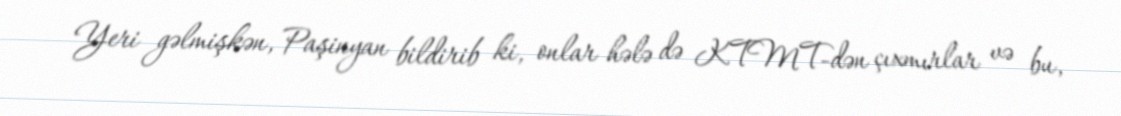
Yeri gəlmişkən, Paşinyan bildirib ki, onlar hələ də KTMT-dən çıxmırlar və bu,